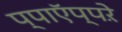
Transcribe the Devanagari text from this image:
प्पाऍप्पऱे